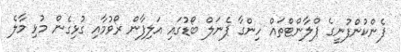
ފެންކުންފުނީގެ ޕްލާންޓްތައް ހިންގާ ޕެނަލް ބޯޑުގައި އަލިފާން ރޯވުމާއި ގުޅިގެން މުޅި މާލެ